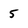
Character: 5